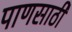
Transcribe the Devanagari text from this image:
पाणसाठी